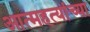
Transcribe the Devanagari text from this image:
आत्महत्यांच्या